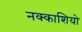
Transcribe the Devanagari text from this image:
नक्‍काशियो